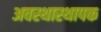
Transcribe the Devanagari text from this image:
अवस्थास्थापक